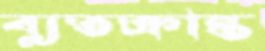
ব্যুতক্রান্ত